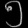
Digit: ၅